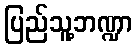
ပြည်သူ့ဘဏ္ဍာ